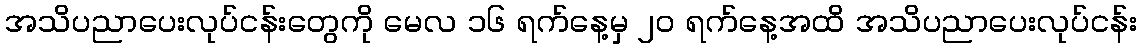
အသိပညာပေးလုပ်ငန်းတွေကို မေလ ၁၆ ရက်နေ့မှ ၂၀ ရက်နေ့အထိ အသိပညာပေးလုပ်ငန်း